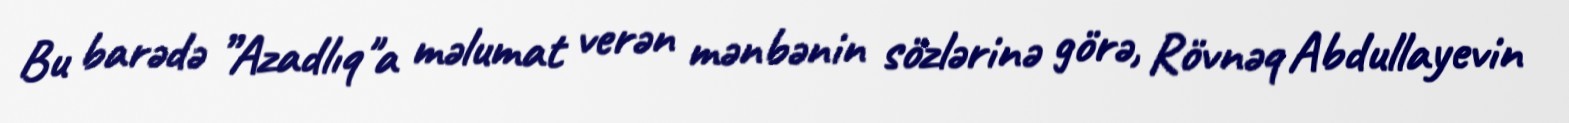
Bu barədə ”Azadlıq"a məlumat verən mənbənin sözlərinə görə, Rövnəq Abdullayevin